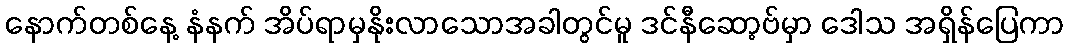
နောက်တစ်နေ့ နံနက် အိပ်ရာမှနိုးလာသောအခါတွင်မူ ဒင်နီဆော့ဗ်မှာ ဒေါသ အရှိန်ပြေကာ